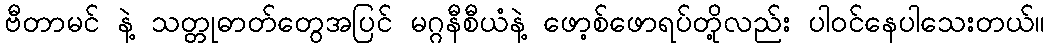
ဗီတာမင် နဲ့ သတ္တုဓာတ်တွေအပြင် မဂ္ဂနီစီယံနဲ့ ဖော့စ်ဖောရပ်တို့လည်း ပါဝင်နေပါသေးတယ်။